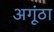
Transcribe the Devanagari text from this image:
अगूंठा